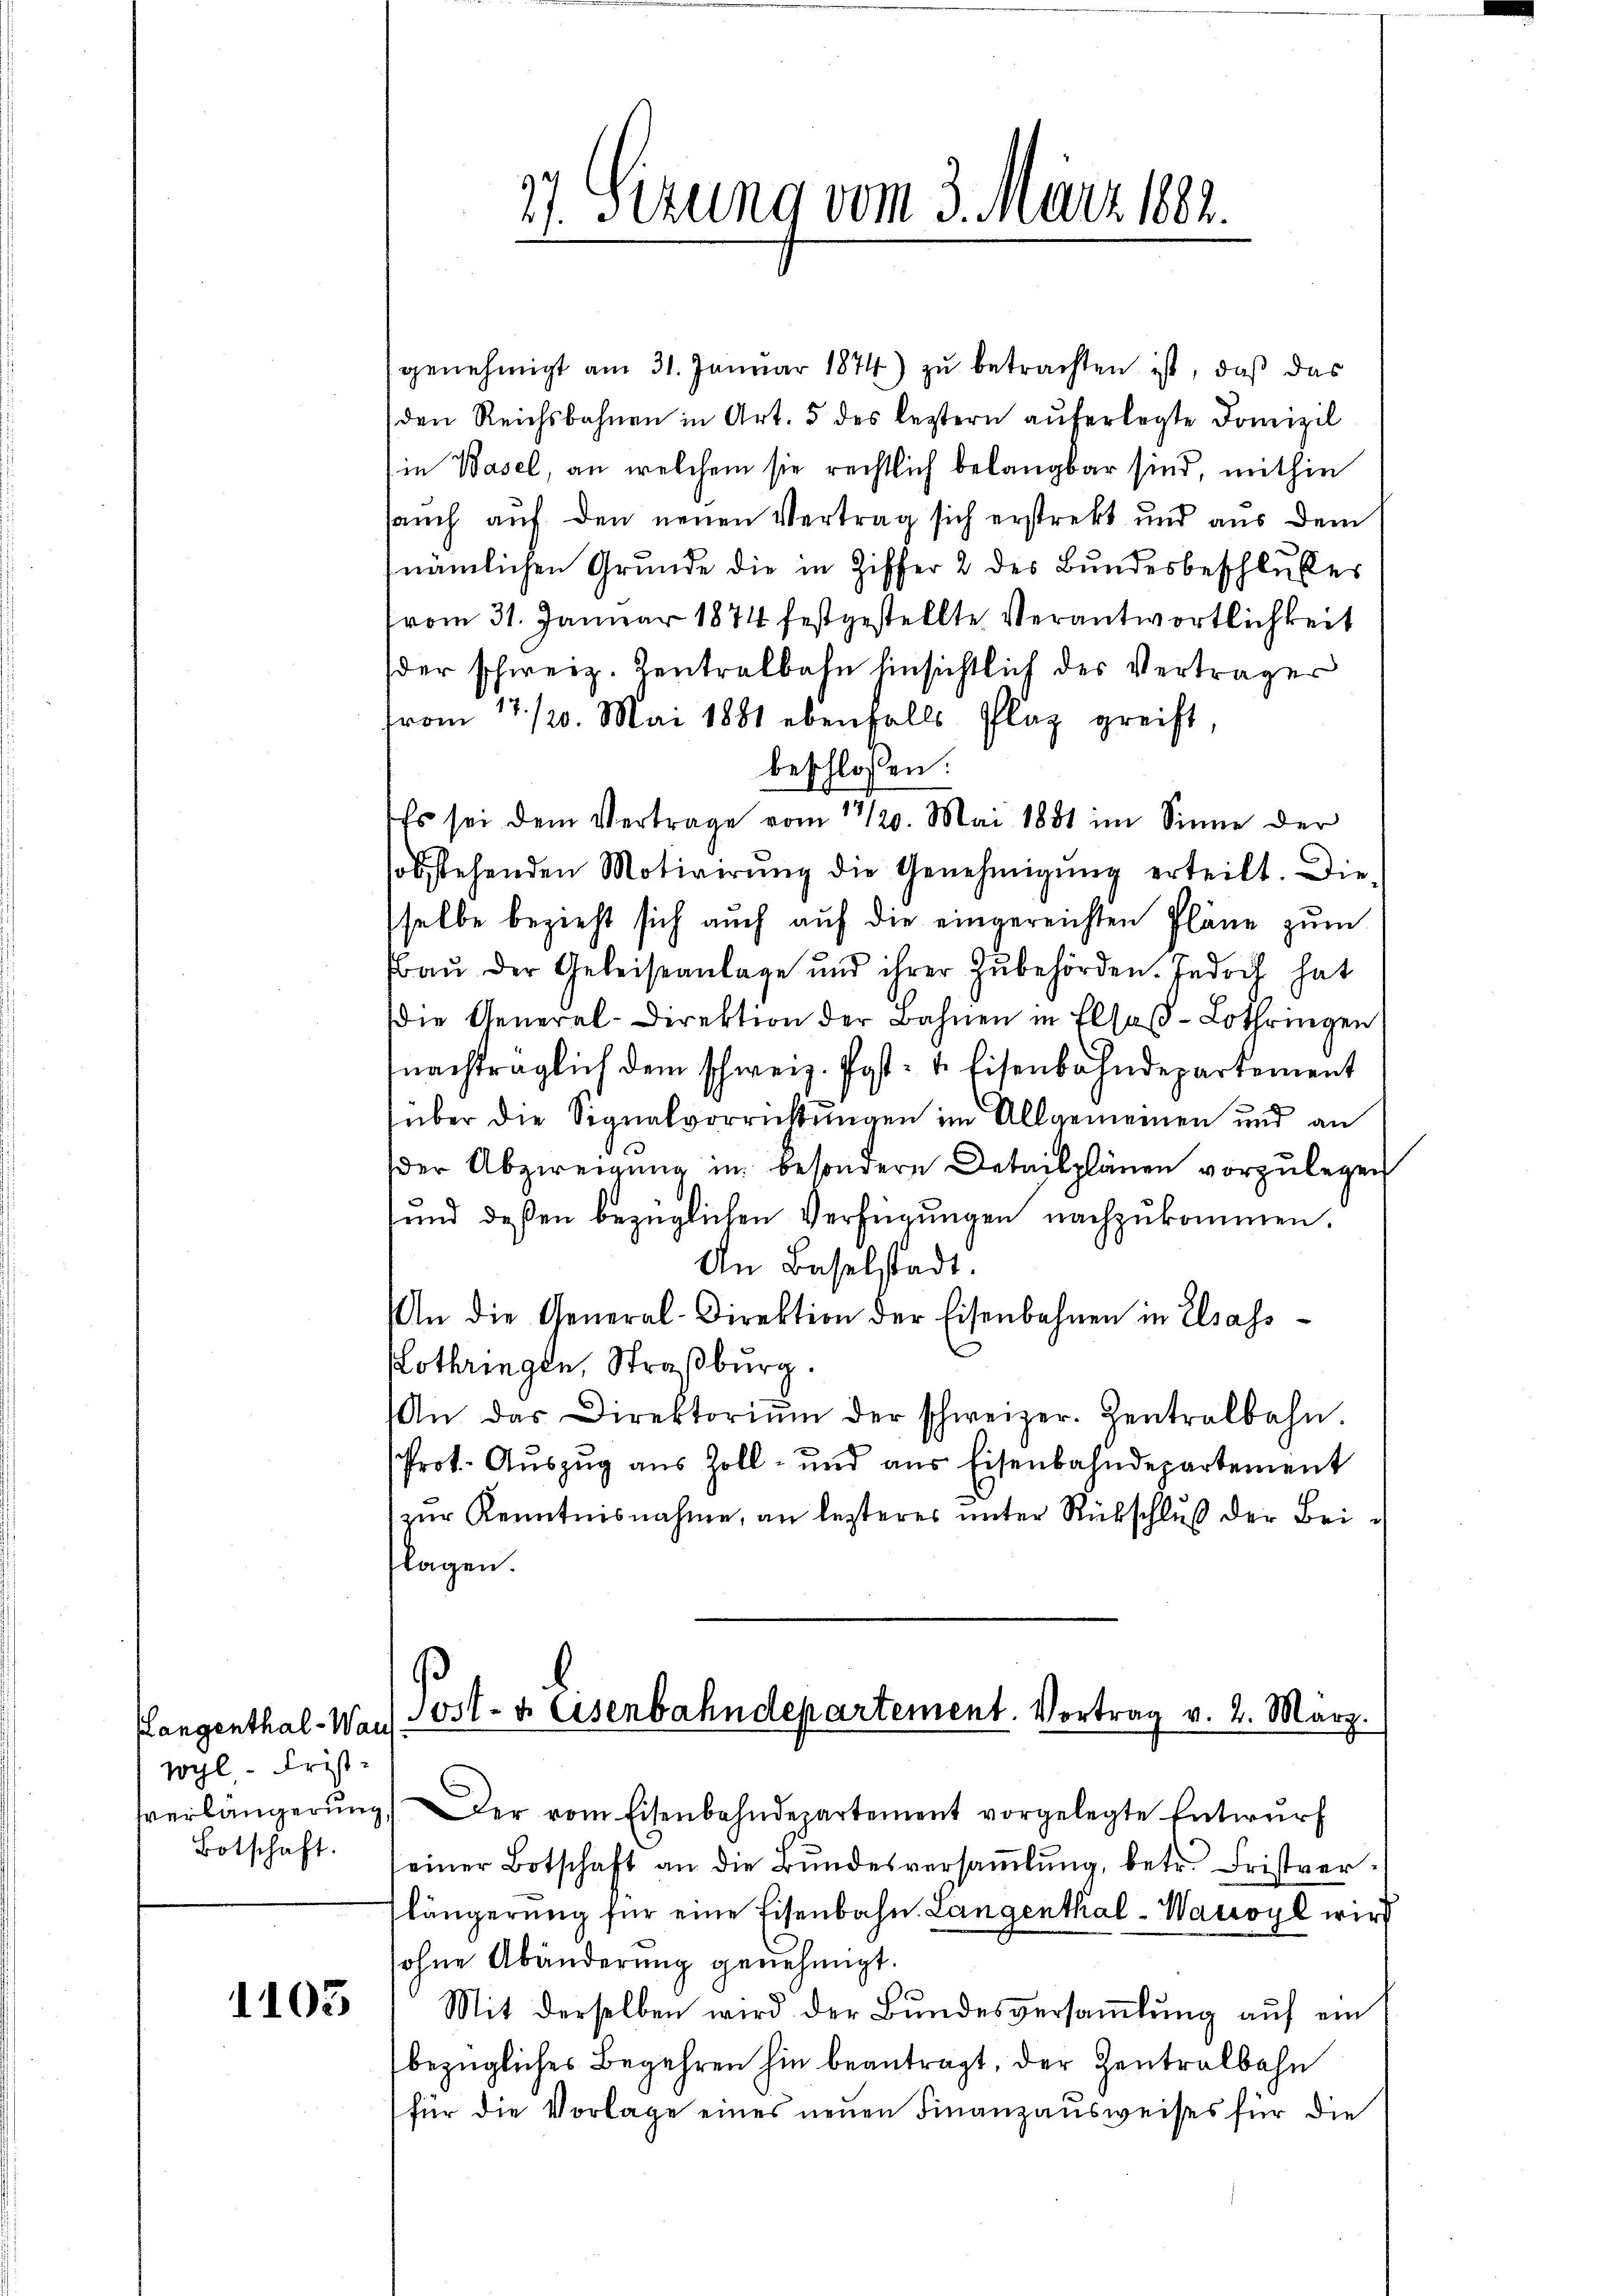
langenthal-Wan
wyl - Frist
sverlängerung
Botschaft.

1103

27. Sizung vom 3. März 1882.

genehmigt am 31. Januar 1874) zu betrachten ist, daß das
den Reichsbahnen in Art. 5 des leztern auferlegte Domizil
in Wasel, an welchem sie rechtlich belangbar sind, mithin
sauch auf den neuen Vertrag sich erstrekt und aus dem
(nämlichen Grunde die in Ziffer 2 des Bundesbeschlußes
vom 31. Januar 1874 festgestellte Verantwortlichkeit
der schweiz. Zentralbahn hinsichtlich des Verträger
from 17./20. Mai 1881 ebenfalls Plaz greift,
beschlossen:
Es sei dem Vertrage vom 11/20. Mai 1881 im Sinne der
sobstehenden Motivirung die Genehmigŭng erteilt. Die
sselbe bezieht sich auch auf die eingereichten Pläne zum
Fraŭ der Geleiseanlage und ihrer Zubehörden. Jedoch hat
Die General-Direktion der Bahnen in Elsaβ-Lothringen
nachträglich dem schweiz. Post- & Eisenbahndepartement
über die Signalvorrichtungen im Allgemeinen und an
der Abzweigŭng in besondere Detailplänen vorzŭlegen
und deßen bezüglichen Verfügungen nachzukommen.
An Baselstadt.
An die General-Direktion der Eisenbahnen in Elsass-
othringen, Straßburg.
An das Direktoriŭm der schweizer. Zentralbahn.
Prot. Aŭszŭg aŭs Zoll- und aus Eisenbahndepartement
zur Kenntnisnahme, an lezteres unter Rückschluß der Beiflagen.
Post- & Eisenbahndepartement. Vortrag v. 2. März.
) Der vom Eisenbahndepartement vorgelegte Entwŭrf
seiner Botschaft an die Bŭndesversaṁlŭng, betr. Fristverlängerŭng für eine Eisenbahn Langenthal-Wacsoyl wird
sohne Abänderung genehmigt.
e
Mit derselben wird der Bundesversammlung auf ein
bezügliches Begehren hin beantragt, der Zentralbahn
für die Vorlage eines neuen Finanzausweises für die